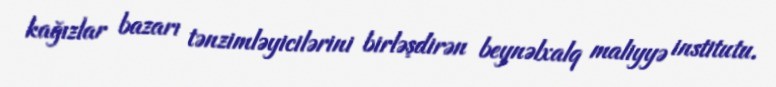
kağızlar bazarı tənzimləyicilərini birləşdirən beynəlxalq maliyyə institutu.